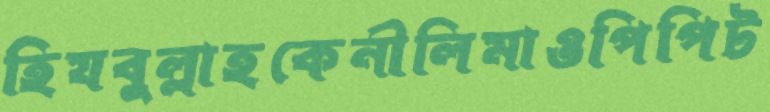
হিযবুল্লাহকেনীলিমাওপিপিট